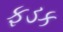
ફડક